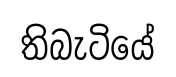
තිබැටියේ